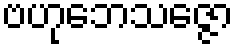
ဗဟုဘေသဇ္ဇော